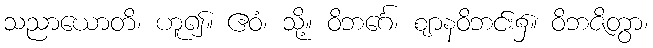
သညာယောတိ၊ ဟူ၍။ ဧဝံ၊ သို့။ ဝိဘင်္ဂေ၊ ဈာနဝိဘင်း၌။ ဝိဘဇိတွာ၊